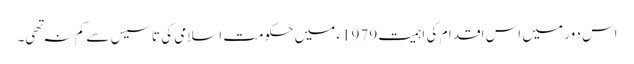
اس دور میں اس اقدام کی اہمیت 1979ء میں حکومت اسلامی کی تاسیس سے کم نہ تهی۔